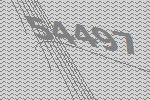
54497